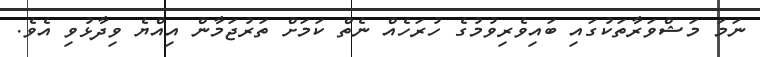
ނަމަ މަޝްވަރާތަކުގައި ބައިވެރިވުމުގެ ހުރަހެއް ނެތް ކަމަށް ތަރުޖަމާން އިއްޔެ ވިދާޅުވި އެވެ.